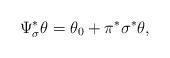
LaTeX: \begin{gather*} \Psi_\sigma^*\theta=\theta_0+\pi^*\sigma^*\theta, \end{gather*}